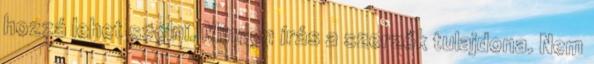
hozzá lehet szólni. Minden írás a szerzők tulajdona. Nem